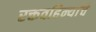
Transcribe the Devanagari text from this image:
रक्तवहिन्यांचे